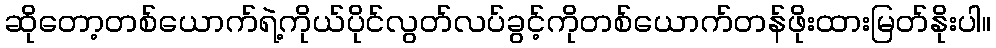
ဆိုတော့တစ်ယောက်ရဲ့ကိုယ်ပိုင်လွတ်လပ်ခွင့်ကိုတစ်ယောက်တန်ဖိုးထားမြတ်နိုးပါ။